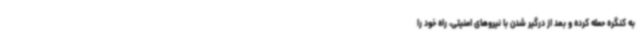
به کنگره حمله کرده و بعد از درگیر شدن با نیروهای امنیتی، راه خود را